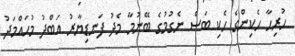
ހުރިހާ ހެކިންގެ ހެކި ބަސް ނެގުމުގެ ބޭނުމާ މެދު ފަނޑިޔާރު އަބްދު މުހައްމަދު